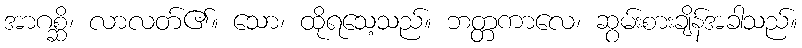
အာဂစ္ဆိ၊ လာလတ်၏။ သော၊ ထိုရသေ့သည်။ ဘတ္တကာလေ၊ ဆွမ်းစားချိန်အခါသည်။